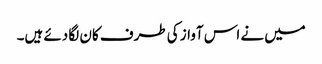
میں نے اس آواز کی طرف کان لگا دئے ہیں۔